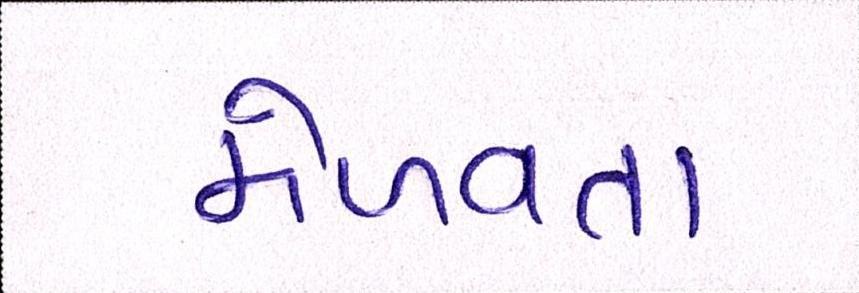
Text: મેળવતા